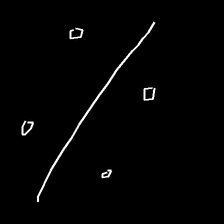
Glyph: cool